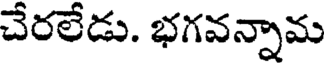
చేరలేడు. భగవన్నామ